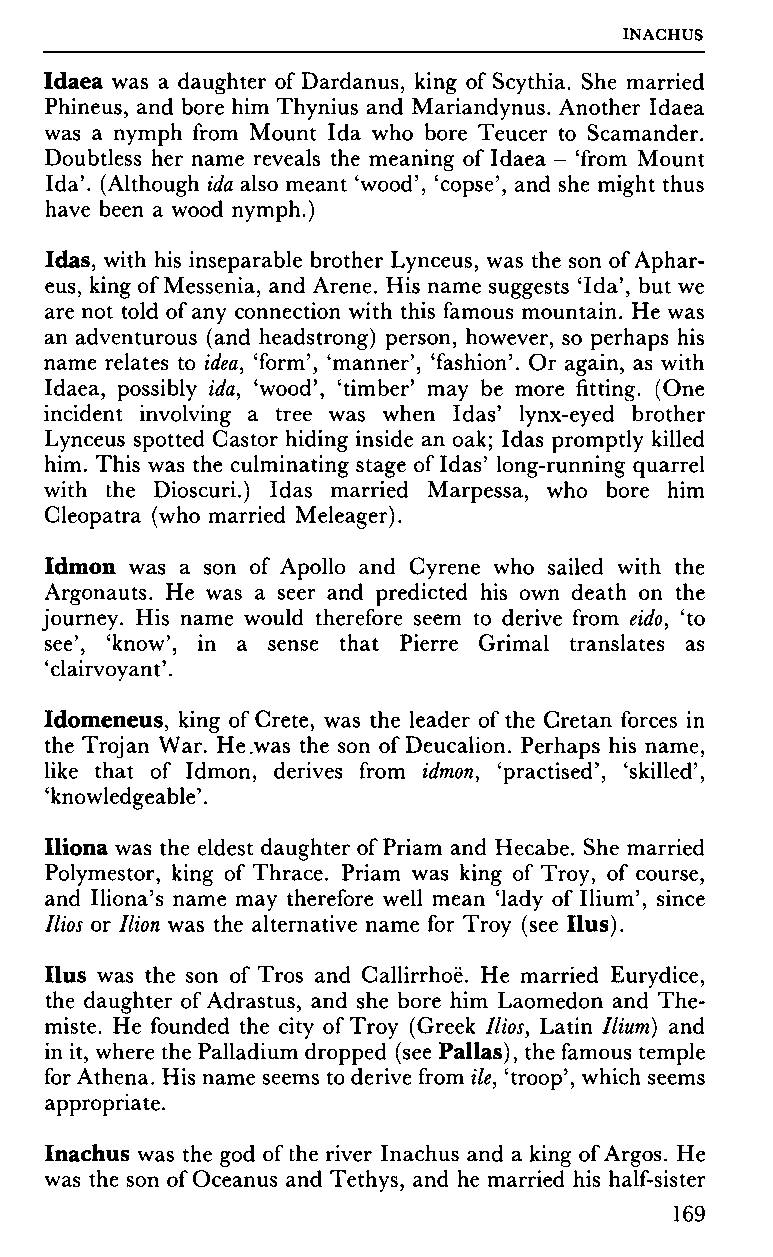
INAGHUS
 Idaea was a daughter of Dardanus, king of Scythia. She married
 Phineus, and bore him Thynius and Mariandynus. Another Idaea
 was a nymph from Mount Ida who bore Teucer to Scamander.
 Doubtless her name reveals the meaning of Idaea - 'from Mount
 Ida'. (Although ida also meant 'wood', 'copse', and she might thus
 have been a wood nymph.)
 Idas, with his inseparable brother Lynceus, was the son of Aphar-
 eus, king of Messenia, and Arene. His name suggests 'Ida', but we
 are not told of any connection with this famous mountain. He was
 an adventurous (and headstrong) person, however, so perhaps his
 name relates to idea, 'form', 'manner', 'fashion'. Or again, as with
 Idaea, possibly ida, 'wood', 'timber' may be more fitting. (One
 incident involving a tree was when Idas' lynx-eyed brother
 Lynceus spotted Castor hiding inside an oak; Idas promptly killed
 him. This was the culminating stage of Idas' long-running quarrel
 with the Dioscuri.) Idas married Marpessa, who bore him
 Cleopatra (who married Meleager).
 Idmon was a son of Apollo and Cyrene who sailed with the
 Argonauts. He was a seer and predicted his own death on the
 journey. His name would therefore seem to derive from eido, 'to
 see', 'know', in a sense that Pierre Grimai translates as
 'clairvoyant'.
 Idomeneus, king of Crete, was the leader of the Cretan forces in
 the Trojan War. He .was the son of Deucalion. Perhaps his name,
 like that of Idmon, derives from idmon, 'practised', 'skilled',
 'knowledgeable'.
 Iliona was the eldest daughter of Priam and Hecabe. She married
 Polymestor, king of Thrace. Priam was king of Troy, of course,
 and Iliona's name may therefore well mean 'lady of Ilium', since
 Mos or Mon was the alternative name for Troy (see Ilus).
 Ilus was the son of Tros and Callirrhoë. He married Eurydice,
 the daughter of Adrastus, and she bore him Laomedon and The-
 miste. He founded the city of Troy (Greek Mos, Latin Mum) and
 in it, where the Palladium dropped (see Pallas), the famous temple
 for Athena. His name seems to derive from He, 'troop', which seems
 appropriate.
 Inachus was the god of the river Inachus and a king of Argos. He
 was the son of Oceanus and Tethys, and he married his half-sister
 169